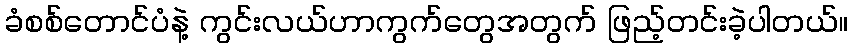
ခံစစ်တောင်ပံနဲ့ ကွင်းလယ်ဟာကွက်တွေအတွက် ဖြည့်တင်းခဲ့ပါတယ်။